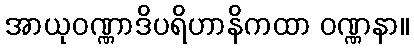
အာယုဝဏ္ဏာဒိပရိဟာနိကထာ ဝဏ္ဏနာ။